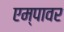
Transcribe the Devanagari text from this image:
एम्पावर